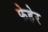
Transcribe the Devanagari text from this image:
फेहेर